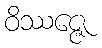
ဝိဿဇ္ဇေ